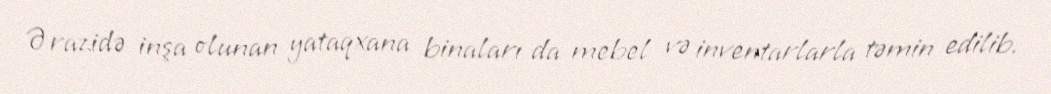
Ərazidə inşa olunan yataqxana binaları da mebel və inventarlarla təmin edilib.